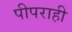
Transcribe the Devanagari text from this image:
पीपराही